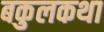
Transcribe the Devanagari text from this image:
बकुलकथा